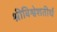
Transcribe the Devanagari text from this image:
श्रीविश्वेशतीर्थ